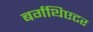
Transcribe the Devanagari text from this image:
बर्गथिएटर